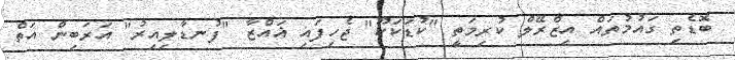
ބޮޑެތި ގައުމުތައް އިޒްރޭލް ކުރިމަތީ "ކުޑަކަކޫ" ޖެހިފައި ޣައްޒާ "ފުނޑާލިއިރު" އަރަބިން އަތް